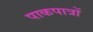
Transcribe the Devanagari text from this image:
पाकपात्रों